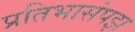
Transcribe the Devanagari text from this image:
प्रतिभासंपझ